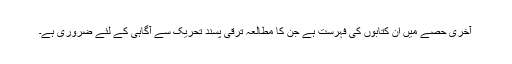
آخری حصے میں ان کتابوں کی فہرست ہے جن کا مطالعہ ترقی پسند تحریک سے آگاہی کے لئے ضروری ہے۔